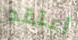
أعتقد